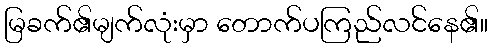
မြခက်၏မျက်လုံးမှာ တောက်ပကြည်လင်နေ၏။